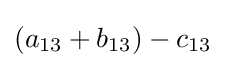
(a_{13}+b_{13})-c_{13}